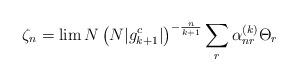
LaTeX: \begin{align*}\zeta_n = \lim N \left(N|g^c_{k+1}|\right)^{-\frac{n}{k+1}}\sum_r \alpha^{(k)}_{nr} \Theta_r\end{align*}